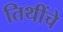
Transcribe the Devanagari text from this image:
तिथींचे